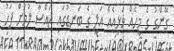
ގޭންގު ގެ މީހެއް ވަޅިއެއް އަލީ ގެ ބަނޑުގައި ޖައްސާ ލުމަށް ފަހު